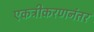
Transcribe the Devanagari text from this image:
एकत्रीकरणनंतर